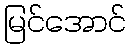
မြင်အောင်